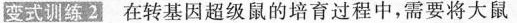
式训练2在转基因超级鼠的培育过程中，需要将大鼠